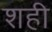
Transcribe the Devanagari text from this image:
शही